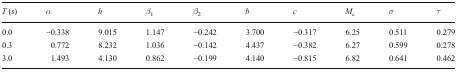
<table><thead><tr><td><b><i>T</i> (s)</b></td><td><b><i>α</i></b></td><td><b><i>h</i></b></td><td><b><i>β</i><sub>1</sub></b></td><td><b><i>β</i><sub>2</sub></b></td><td><b><i>b</i></b></td><td><b><i>c</i></b></td><td><b><i>M</i><sub>c</sub></b></td><td><b><i>σ</i></b></td><td><b><i>τ</i></b></td></tr></thead><tbody><tr><td>0.0</td><td>−0.338</td><td>9.015</td><td>1.147</td><td>−0.242</td><td>3.700</td><td>−0.317</td><td>6.25</td><td>0.511</td><td>0.279</td></tr><tr><td>0.3</td><td>0.772</td><td>8.232</td><td>1.036</td><td>−0.142</td><td>4.437</td><td>−0.382</td><td>6.27</td><td>0.599</td><td>0.278</td></tr><tr><td>3.0</td><td>1.493</td><td>4.130</td><td>0.862</td><td>−0.199</td><td>4.140</td><td>−0.815</td><td>6.82</td><td>0.641</td><td>0.462</td></tr></tbody></table>